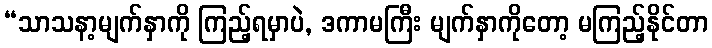
“သာသနာ့မျက်နှာကို ကြည့်ရမှာပဲ, ဒကာမကြီး မျက်နှာကိုတော့ မကြည့်နိုင်တာ